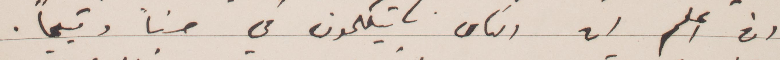
ان علم ان الناس يتكلمون في حسنًا وقبحًا.